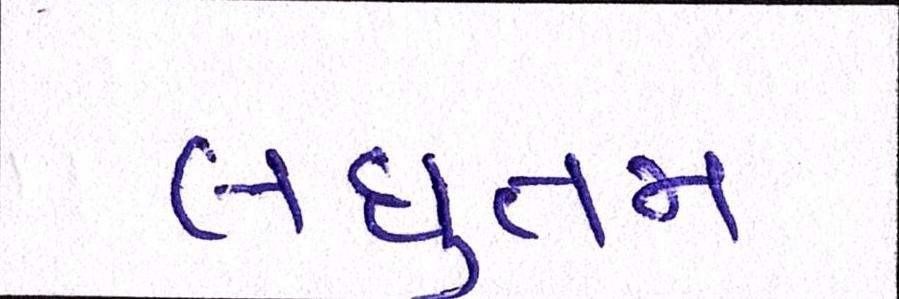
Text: લઘુત્તમ